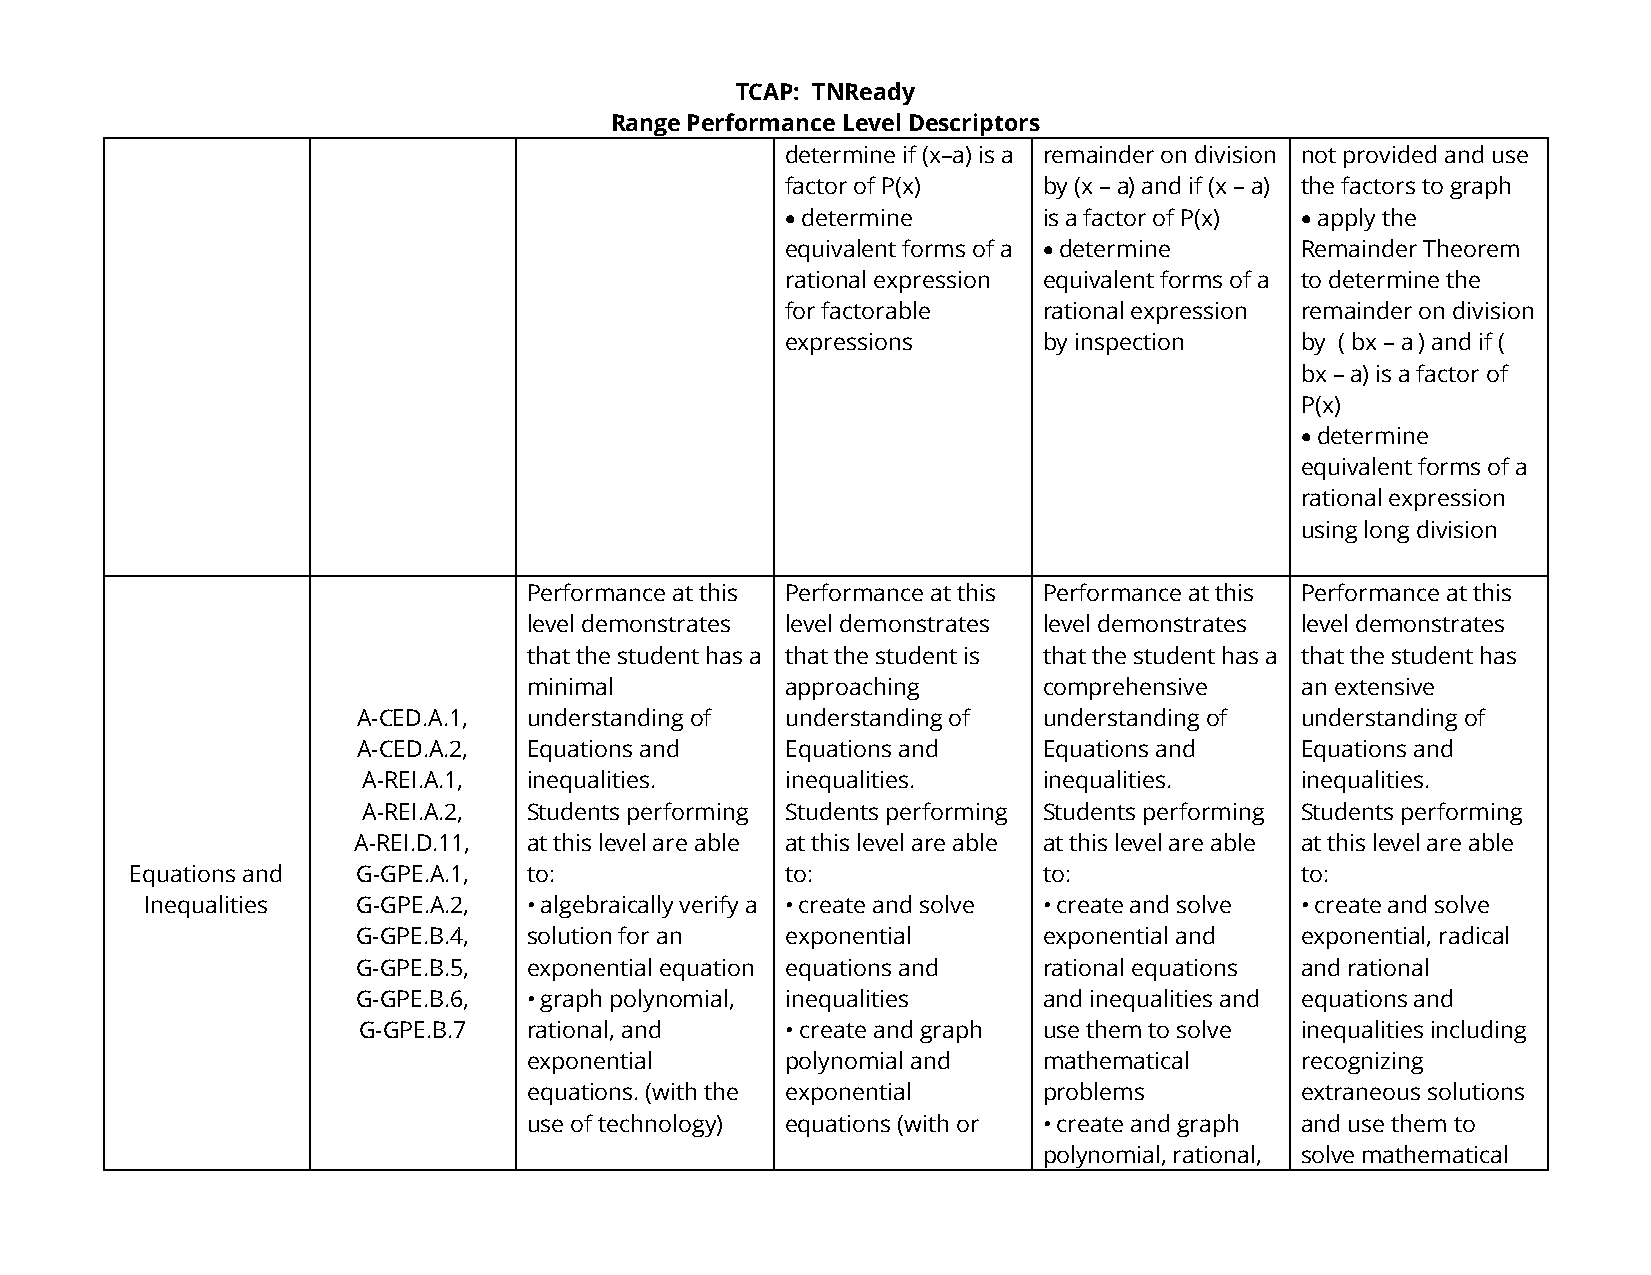
TCAP: TNReady
 Range Performance Level Descriptors
 determine if (x–a) is a remainder on division not provided and use
 factor of P(x)   by (x – a) and if (x – a) the factors to graph
 • determine      is a factor of P(x) • apply the
 equivalent forms of a • determine Remainder Theorem
 rational expression equivalent forms of a to determine the
 for factorable   rational expression remainder on division
 expressions      by inspection    by ( bx – a ) and if (
 bx – a) is a factor of
 P(x)
 • determine
 equivalent forms of a
 rational expression
 using long division
 Performance at this Performance at this Performance at this Performance at this
 level demonstrates level demonstrates level demonstrates level demonstrates
 that the student has a that the student is that the student has a that the student has
 minimal          approaching      comprehensive    an extensive
 A-CED.A.1, understanding of understanding of understanding of understanding of
 A-CED.A.2, Equations and    Equations and    Equations and    Equations and
 A-REI.A.1, inequalities.    inequalities.    inequalities.    inequalities.
 A-REI.A.2, Students performing Students performing Students performing Students performing
 A-REI.D.11, at this level are able at this level are able at this level are able at this level are able
 Equations and  G-GPE.A.1, to:              to:              to:              to:
 Inequalities  G-GPE.A.2, • algebraically verify a • create and solve • create and solve • create and solve
 G-GPE.B.4, solution for an  exponential      exponential and  exponential, radical
 G-GPE.B.5, exponential equation equations and rational equations and rational
 G-GPE.B.6, • graph polynomial, inequalities  and inequalities and equations and
 G-GPE.B.7  rational, and    • create and graph use them to solve inequalities including
 exponential      polynomial and   mathematical     recognizing
 equations. (with the exponential  problems         extraneous solutions
 use of technology) equations (with or • create and graph and use them to
 polynomial, rational, solve mathematical